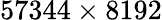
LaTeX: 57344\times 8192